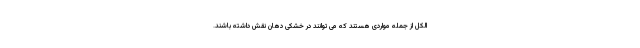
الکل از جمله مواردی هستند که می توانند در خشکی دهان نقش داشته باشند.